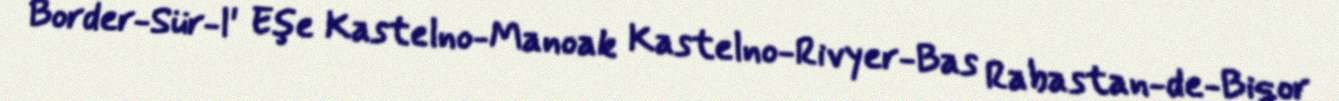
Border-Sür-l' Eşe Kastelno-Manoak Kastelno-Rivyer-Bas Rabastan-de-Biqor